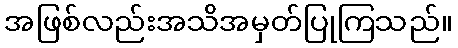
အဖြစ်လည်းအသိအမှတ်ပြုကြသည်။